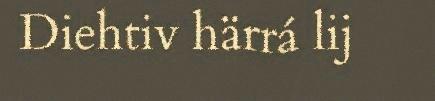
Diehtiv härrá lij